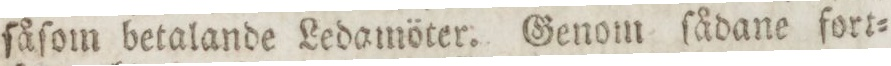
ſåſom betalande Ledamöter. Genom ſådane fort=